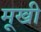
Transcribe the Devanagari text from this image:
मूखी